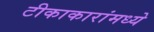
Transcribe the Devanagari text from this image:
टीकाकारांमध्ये